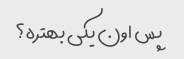
پس اون یکی بهتره؟